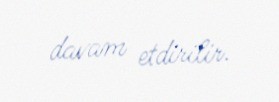
davam etdirilir.